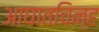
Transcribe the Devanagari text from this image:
आघातचिन्ह